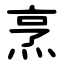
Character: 烹